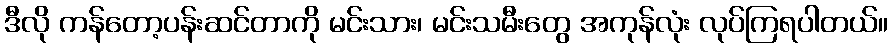
ဒီလို ကန်တော့ပန်းဆင်တာကို မင်းသား၊ မင်းသမီးတွေ အကုန်လုံး လုပ်ကြရပါတယ်။